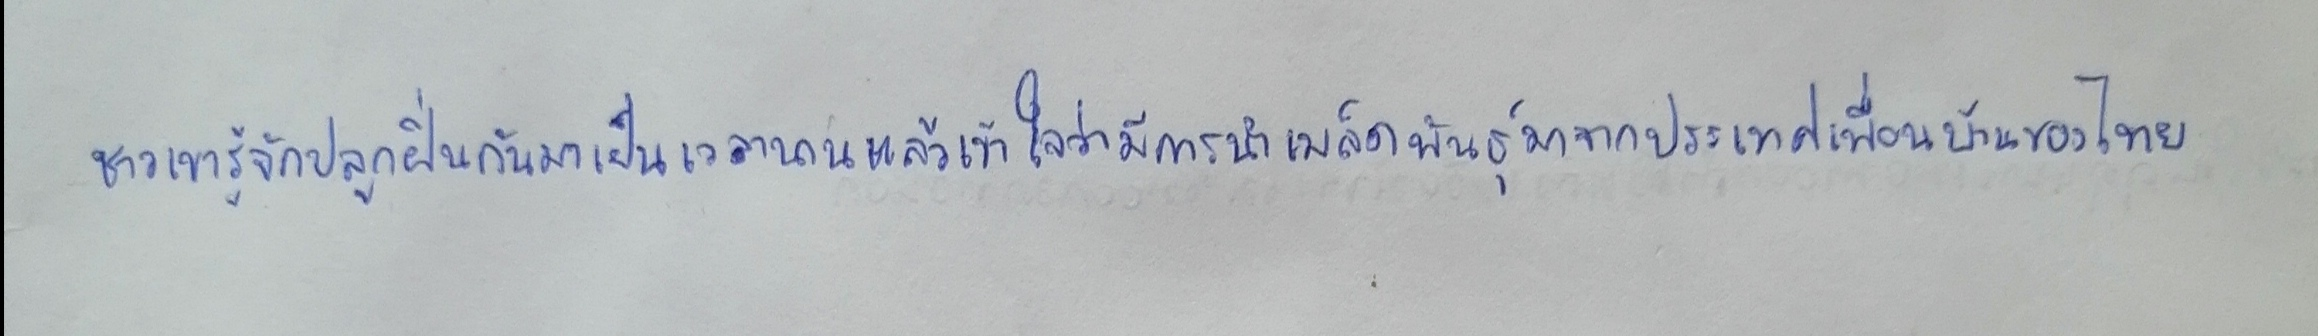
ชาวเขารู้จักปลูกฝิ่นกันมาเป็นเวลานานแล้วเข้าใจว่ามีการนำเมล็ดพันธุ์มาจากประเทศเพื่อนบ้านของไทย